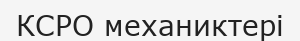
КСРО механиктері